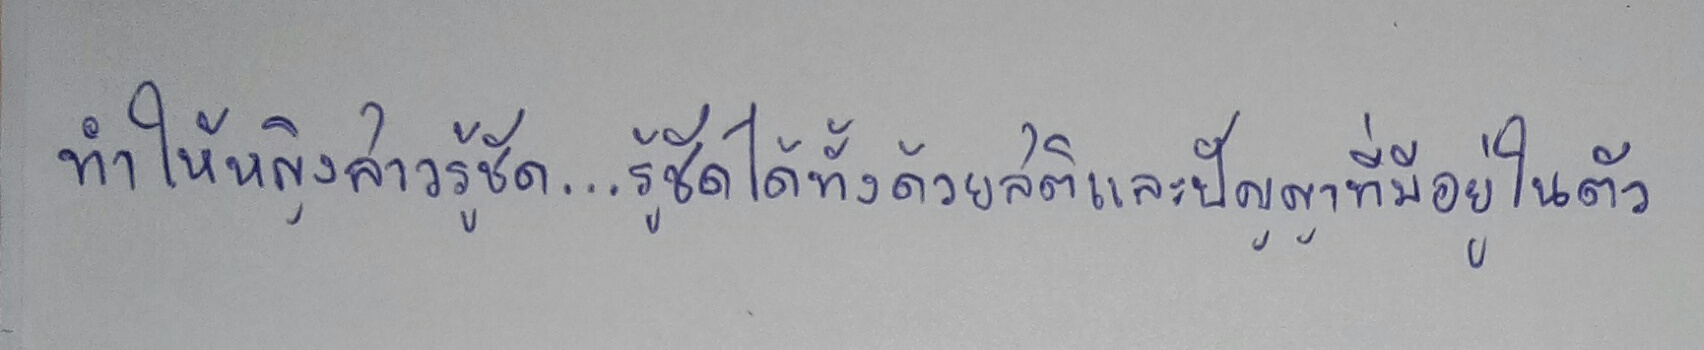
ทำให้หญิงสาวรู้ชัด...รู้ชัดได้ทั้งด้วยสติและปัญญาที่มีอยู่ในตัว